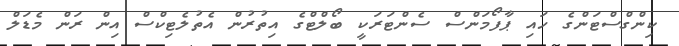
ކިންގްސްޓަންގެ ހައި ޕާފޯމަންސް ސެންޓަރަކީ ބޯލްޓްގެ އިތުރުން އެތުލެޓިކްސް އިން ރަން މެޑަލް